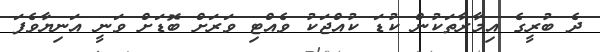
ދެ ބުރީގެ އިމާރާތަކުން ކުޑަ ކުއްޖަކު ވެއްޓި ވަރަށް ބޮޑަށް ވަނީ އަނިޔާވެފަ